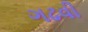
ગઢવી